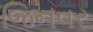
જિનવર